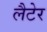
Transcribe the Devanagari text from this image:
लैटेर